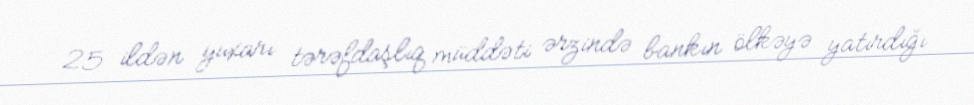
25 ildən yuxarı tərəfdaşlıq müddəti ərzində bankın ölkəyə yatırdığı